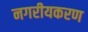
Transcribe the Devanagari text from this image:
नगरीयकरण